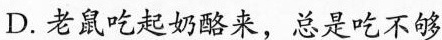
D.老鼠吃起奶酪来，总是吃不够